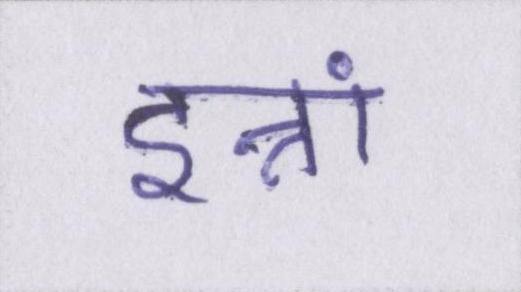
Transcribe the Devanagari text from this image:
इन्नां